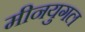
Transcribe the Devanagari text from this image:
मीनयुगल